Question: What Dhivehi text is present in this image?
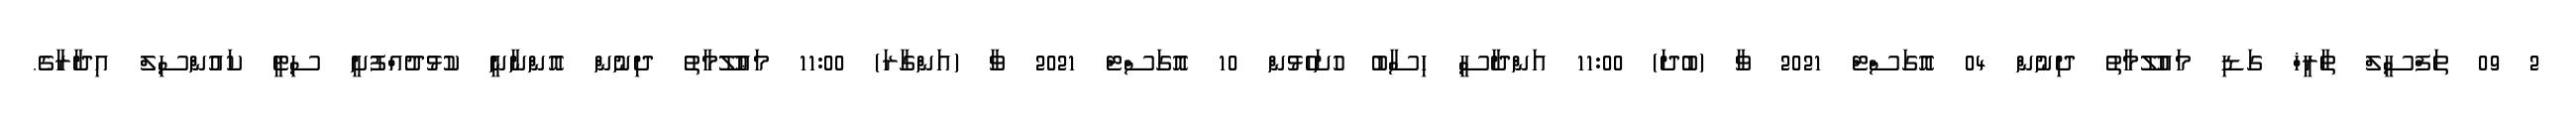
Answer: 2 09 ތަފްސީލް ތާރީޚް ގަޑި މައުލޫމާތު ދިނުން 04 އޮގަސްޓް 2021 ވާ (ބުދަ) 11:00 އަންދާސީ ހިސާބު ހުށަހެޅުން 10 އޮގަސްޓް 2021 ވާ (އަންގާރަ) 11:00 މަޢުލޫމާތު ދިނުން އޮންނާނީ ކުޅުދުއްފުށީ ސިޓީ ކައުންސިލް އިދާރާގެ.